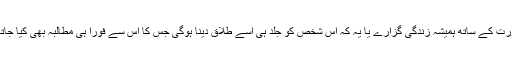
کیا اس سے نکاح اس لیے کیا گیا تھا کہ وہ اس عورت کے ساتھ ہمیشہ زندگی گزارے یا یہ کہ اس شخص کو جلد ہی اسے طلاق دینا ہوگی جس کا اس سے فورا ہی مطالبہ بھی کیا جاتا ہے اور ایسے میں بعض لوگ راضی نہیں ہوتے ۔